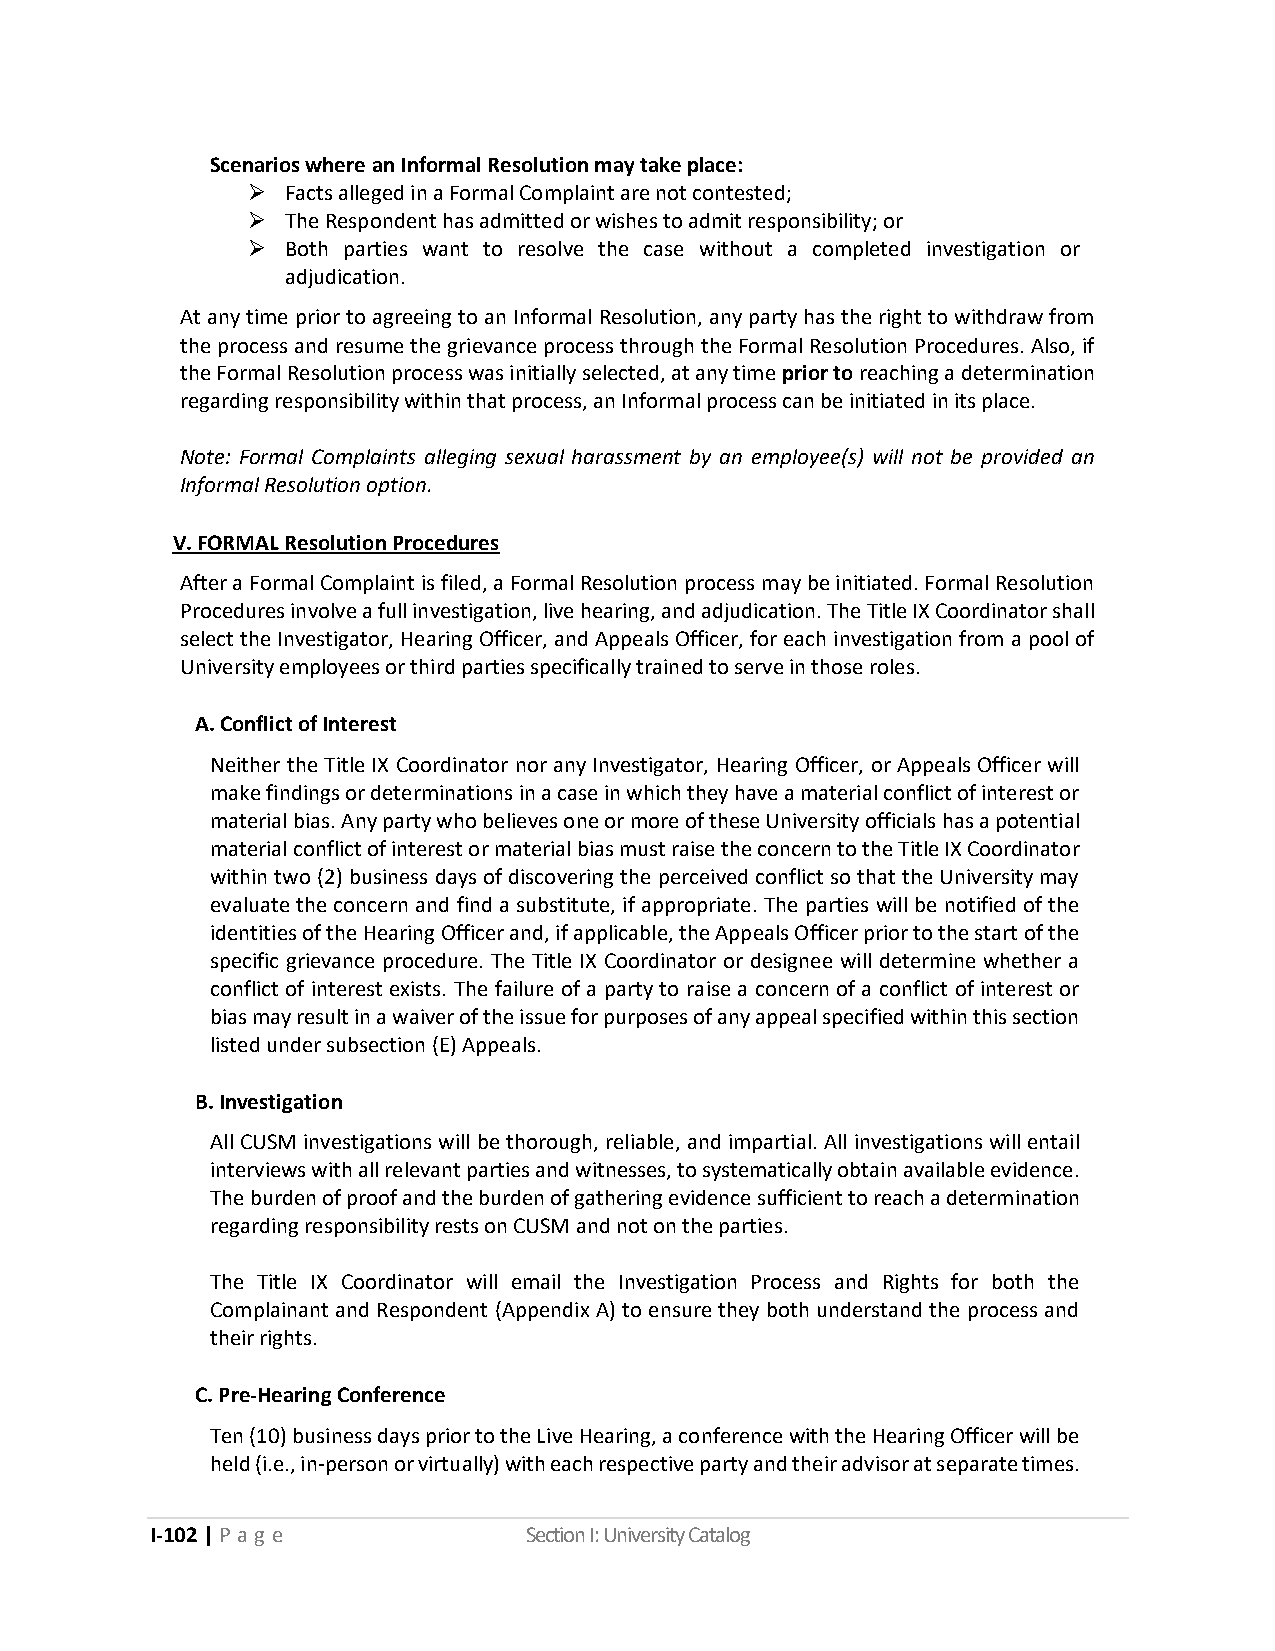
Scenarios where an Informal Resolution may take place:
 ➢  Facts alleged in a Formal Complaint are not contested;
 ➢  The Respondent has admitted or wishes to admit responsibility; or
 ➢  Both parties want to resolve the case without a completed investigation or
 adjudication.
 At any time prior to agreeing to an Informal Resolution, any party has the right to withdraw from
 the process and resume the grievance process through the Formal Resolution Procedures. Also, if
 the Formal Resolution process was initially selected, at any time prior to reaching a determination
 regarding responsibility within that process, an Informal process can be initiated in its place.
 Note: Formal Complaints alleging sexual harassment by an employee(s) will not be provided an
 Informal Resolution option.
 V. FORMAL Resolution Procedures
 After a Formal Complaint is filed, a Formal Resolution process may be initiated. Formal Resolution
 Procedures involve a full investigation, live hearing, and adjudication. The Title IX Coordinator shall
 select the Investigator, Hearing Officer, and Appeals Officer, for each investigation from a pool of
 University employees or third parties specifically trained to serve in those roles.
 A. Conflict of Interest
 Neither the Title IX Coordinator nor any Investigator, Hearing Officer, or Appeals Officer will
 make findings or determinations in a case in which they have a material conflict of interest or
 material bias. Any party who believes one or more of these University officials has a potential
 material conflict of interest or material bias must raise the concern to the Title IX Coordinator
 within two (2) business days of discovering the perceived conflict so that the University may
 evaluate the concern and find a substitute, if appropriate. The parties will be notified of the
 identities of the Hearing Officer and, if applicable, the Appeals Officer prior to the start of the
 specific grievance procedure. The Title IX Coordinator or designee will determine whether a
 conflict of interest exists. The failure of a party to raise a concern of a conflict of interest or
 bias may result in a waiver of the issue for purposes of any appeal specified within this section
 listed under subsection (E) Appeals.
 B. Investigation
 All CUSM investigations will be thorough, reliable, and impartial. All investigations will entail
 interviews with all relevant parties and witnesses, to systematically obtain available evidence.
 The burden of proof and the burden of gathering evidence sufficient to reach a determination
 regarding responsibility rests on CUSM and not on the parties.
 The Title IX Coordinator will email the Investigation Process and Rights for both the
 Complainant and Respondent (Appendix A) to ensure they both understand the process and
 their rights.
 C. Pre-Hearing Conference
 Ten (10) business days prior to the Live Hearing, a conference with the Hearing Officer will be
 held (i.e., in-person or virtually) with each respective party and their advisor at separate times.
 I-102 | P a g e          Section I: University Catalog